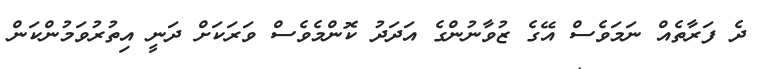
ދެ ފަރާތެއް ނަމަވެސް އޭގެ ޒުވާނުންގެ އަދަދު ކޮންމެވެސް ވަރަކަށް ދަނީ އިތުރުވަމުންކަން